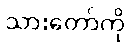
သားတော်ကို